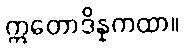
ဣတောဒိန္နကထာ။